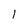
Character: 1